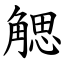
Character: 䚡